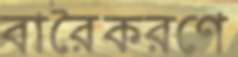
বারৈকরণে